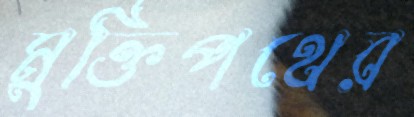
মুক্তিপথের